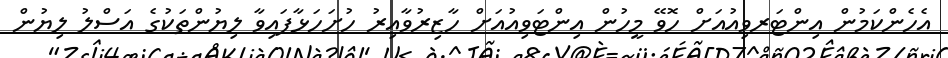
އެހެންކަމުން އިންޓަރވިއުއަށް ހޮވޭ މީހުން އިންޓަވިއުއަށް ހާޒިރުވާއިރު ހުށަހަޅާފައިވާ ލިޔުންތަކުގެ އަސްލު ލިޔުން